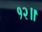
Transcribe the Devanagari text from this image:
१२॥